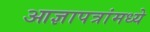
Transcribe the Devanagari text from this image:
आज्ञापत्रांमध्ये